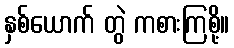
နှစ်ယောက် တွဲ ကစားကြစို့။